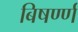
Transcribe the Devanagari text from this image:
बिषर्ण्ण